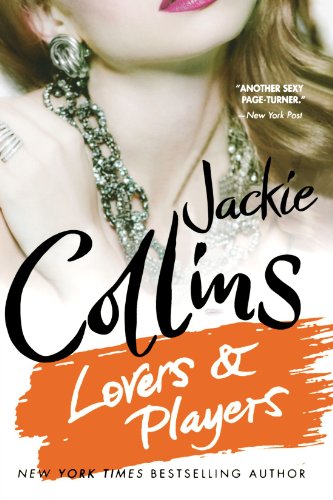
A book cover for Lovers & Players; Jackie Collins; Literature & Fiction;